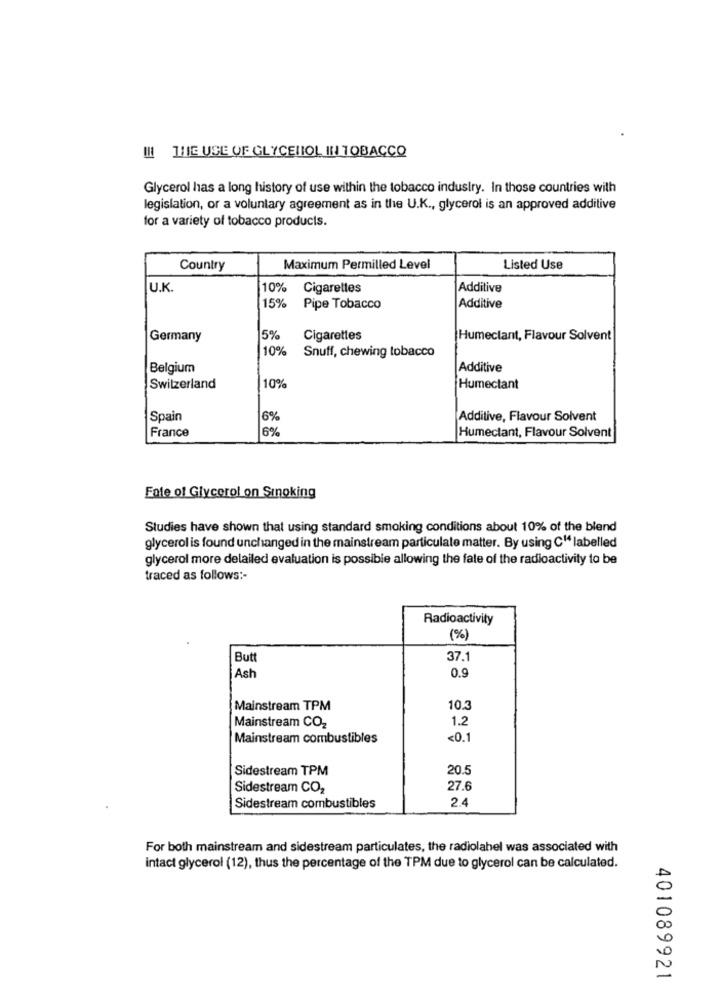
IN THE USE OF GLYCELIOL IN TOBACCO
Glycerol has a long history of use within the tobacco industry. In those countries with
legislation, or a voluntary agreement as in the U.K ., glycerol is an approved additive
for a variety of tobacco products.
Country
Maximum Permilled Level
Listed Use
U.K.
10%
Cigarettes
Additive
15%
Pipe Tobacco
Additive
Germany
5%
Cigarettes
Humectant, Flavour Solvent
10%
Snuff, chewing tobacco
Belgium
Additive
10%
Switzerland
Humectant
Spain
6%
Additive, Flavour Solvent
France
6%
Humectant, Flavour Solvent
Fale of Glycerol on Sinoking
Studies have shown that using standard smoking conditions about 10% of the blend
glycerol is found unchanged in the mainstream particulate matter. By using C" labelled
glycerol more delailed evaluation is possible allowing the fate of the radioactivity to be
traced as follows :-
Radioactivity
(%)
But
37.1
0.9
Ash
Mainstream TPM
10.3
1.2
Mainstream CO2
Mainstream combustibles
<0.1
Sidestream TPM
20.5
Sidestream CO2
27.6
2.4
Sidestream combustibles
For both mainstream and sidestream particulates, the radiolabel was associated with
intact glycerol (12), thus the percentage of the TPM due to glycerol can be calculated.
401089921